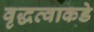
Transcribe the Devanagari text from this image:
वृद्धत्वाकडे